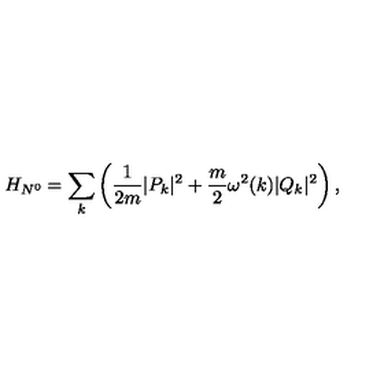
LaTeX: H _ { N ^ { 0 } } = \sum _ { k } \left( \displaystyle \frac { 1 } { 2 m } | P _ { k } | ^ { 2 } + \frac { m } { 2 } \omega ^ { 2 } ( k ) | Q _ { k } | ^ { 2 } \right) ,